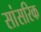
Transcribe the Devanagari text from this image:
सांसरिक